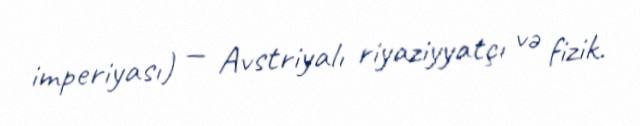
imperiyası) — Avstriyalı riyaziyyatçı və fizik.